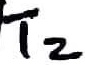
Text: T2